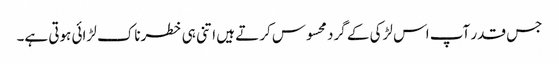
جس قدر آپ اس لڑکی کے گرد محسوس کرتے ہیں اتنی ہی خطرناک لڑائی ہوتی ہے۔